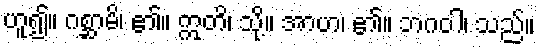
ဟူ၍။ ဂစ္ဆာမိ၊ ၏။ ဣတိ၊ သို့။ အာဟ၊ ၏။ ဘဂဝါ၊ သည်။